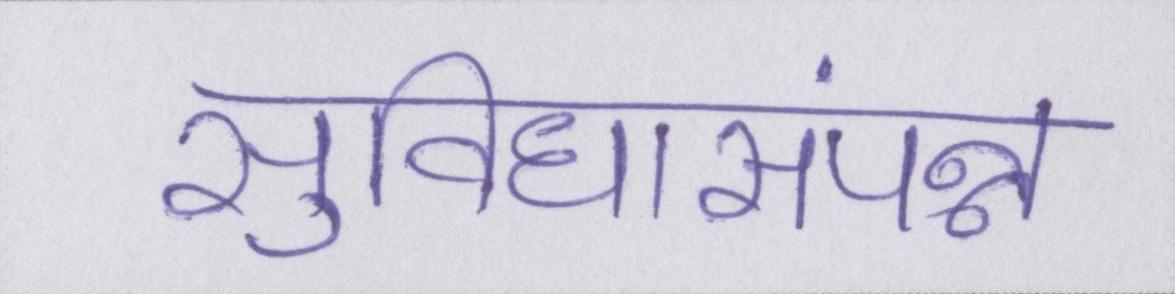
सुविधासंपन्न